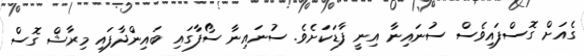
ގެއަށް ގޮސްފައިވެސް ސުނައިނާ އިނީ ފާޑަކަށެވެ. ސުނައިނާ ސޯފާގައި ބައިންދާފައި މިރާޝް ގޮސް